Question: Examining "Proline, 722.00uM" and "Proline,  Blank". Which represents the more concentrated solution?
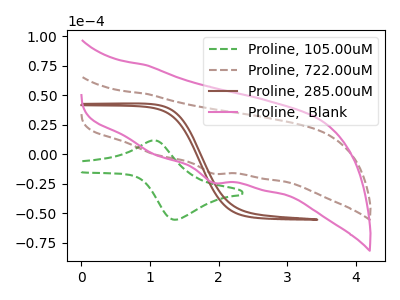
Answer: <think>The green dashed curve "Proline, 105.00uM" has an anodic peak at (1.05V, 11.75uA) and a cathodic peak at (1.35V, -55.40uA). The brown dashed curve "Proline, 722.00uM" has a cathodic peak at: (1.90V, -16.30uA). The brown curve "Proline, 285.00uM" has no peaks. The pink curve "Proline,  Blank" has a cathodic peak at: (1.90V, -24.05uA).
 All the peaks in "Proline, 722.00uM" have a peak in "Proline,  Blank" at the same potential. Every peak in "Proline, 722.00uM" is lower than every peak in "Proline,  Blank".</think>
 <answer>"Proline, 722.00uM" has less signal than "Proline,  Blank" and so likely has a lower concentration.</answer>
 <eval>less_concentration</eval>